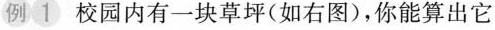
例1校园内有一块草坪(如右图)，你能算出它